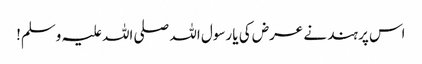
اس پر ہند نے عرض کی یا رسول اللہ صلی اللہ علیہ وسلم!